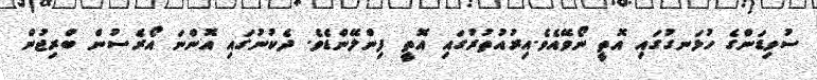
ސުވިޑަންގެ ހުޅަނގުގައި އޮތީ ނޯވޭއެވެ.އިރުއުތުރުގައި އޮތީ ފިންލޭންޑެވެ. ދެކުނުގައި އޮންނަ އޯރެސުން ބްރިޖުން